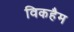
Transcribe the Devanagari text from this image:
विकहैम